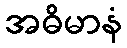
အဓိမာနံ